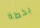
بخطة